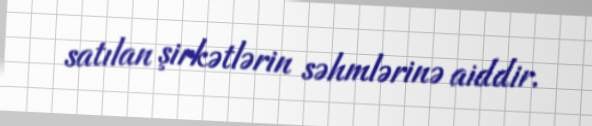
satılan şirkətlərin səhmlərinə aiddir.